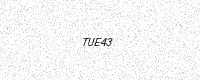
Text: TUE43